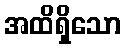
အထိရှိသော